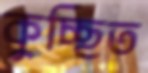
কুচ্ছিত